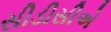
સીડીસીએ